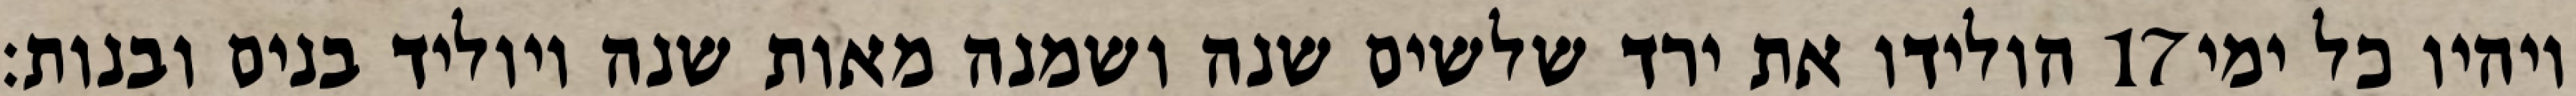
הולידו את ירד שלשים שנה ושמנה מאות שנה ויוליד בנים ובנות׃ ‎17‏ ויהיו כל ימי